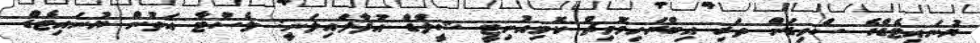
ޔުނައިޓެޑްގެ ސްވިޑަން ތަރި އިބްރަހިމޮވިޗް ކޮމިއުނިޓީ ޝީލްޑް އުފާލައިލަނީ: ލެސްޓާ އަތުން ޔުނައިޓެޑް